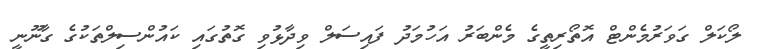
ލޯކަލް ގަވަރުމެންޓް އޮތޯރިތީގެ މެންބަރު އަހުމަދު ފައިސަލް ވިދާޅުވި ގޮތުގައި ކައުންސިލްތަކުގެ ގާނޫނީ